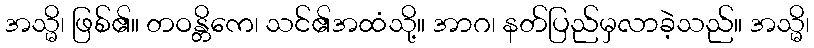
အသ္မိ၊ ဖြစ်၏။ တဝန္တိကေ၊ သင်၏အထံသို့။ အာဂ၊ နတ်ပြည်မှလာခဲ့သည်။ အသ္မိ၊